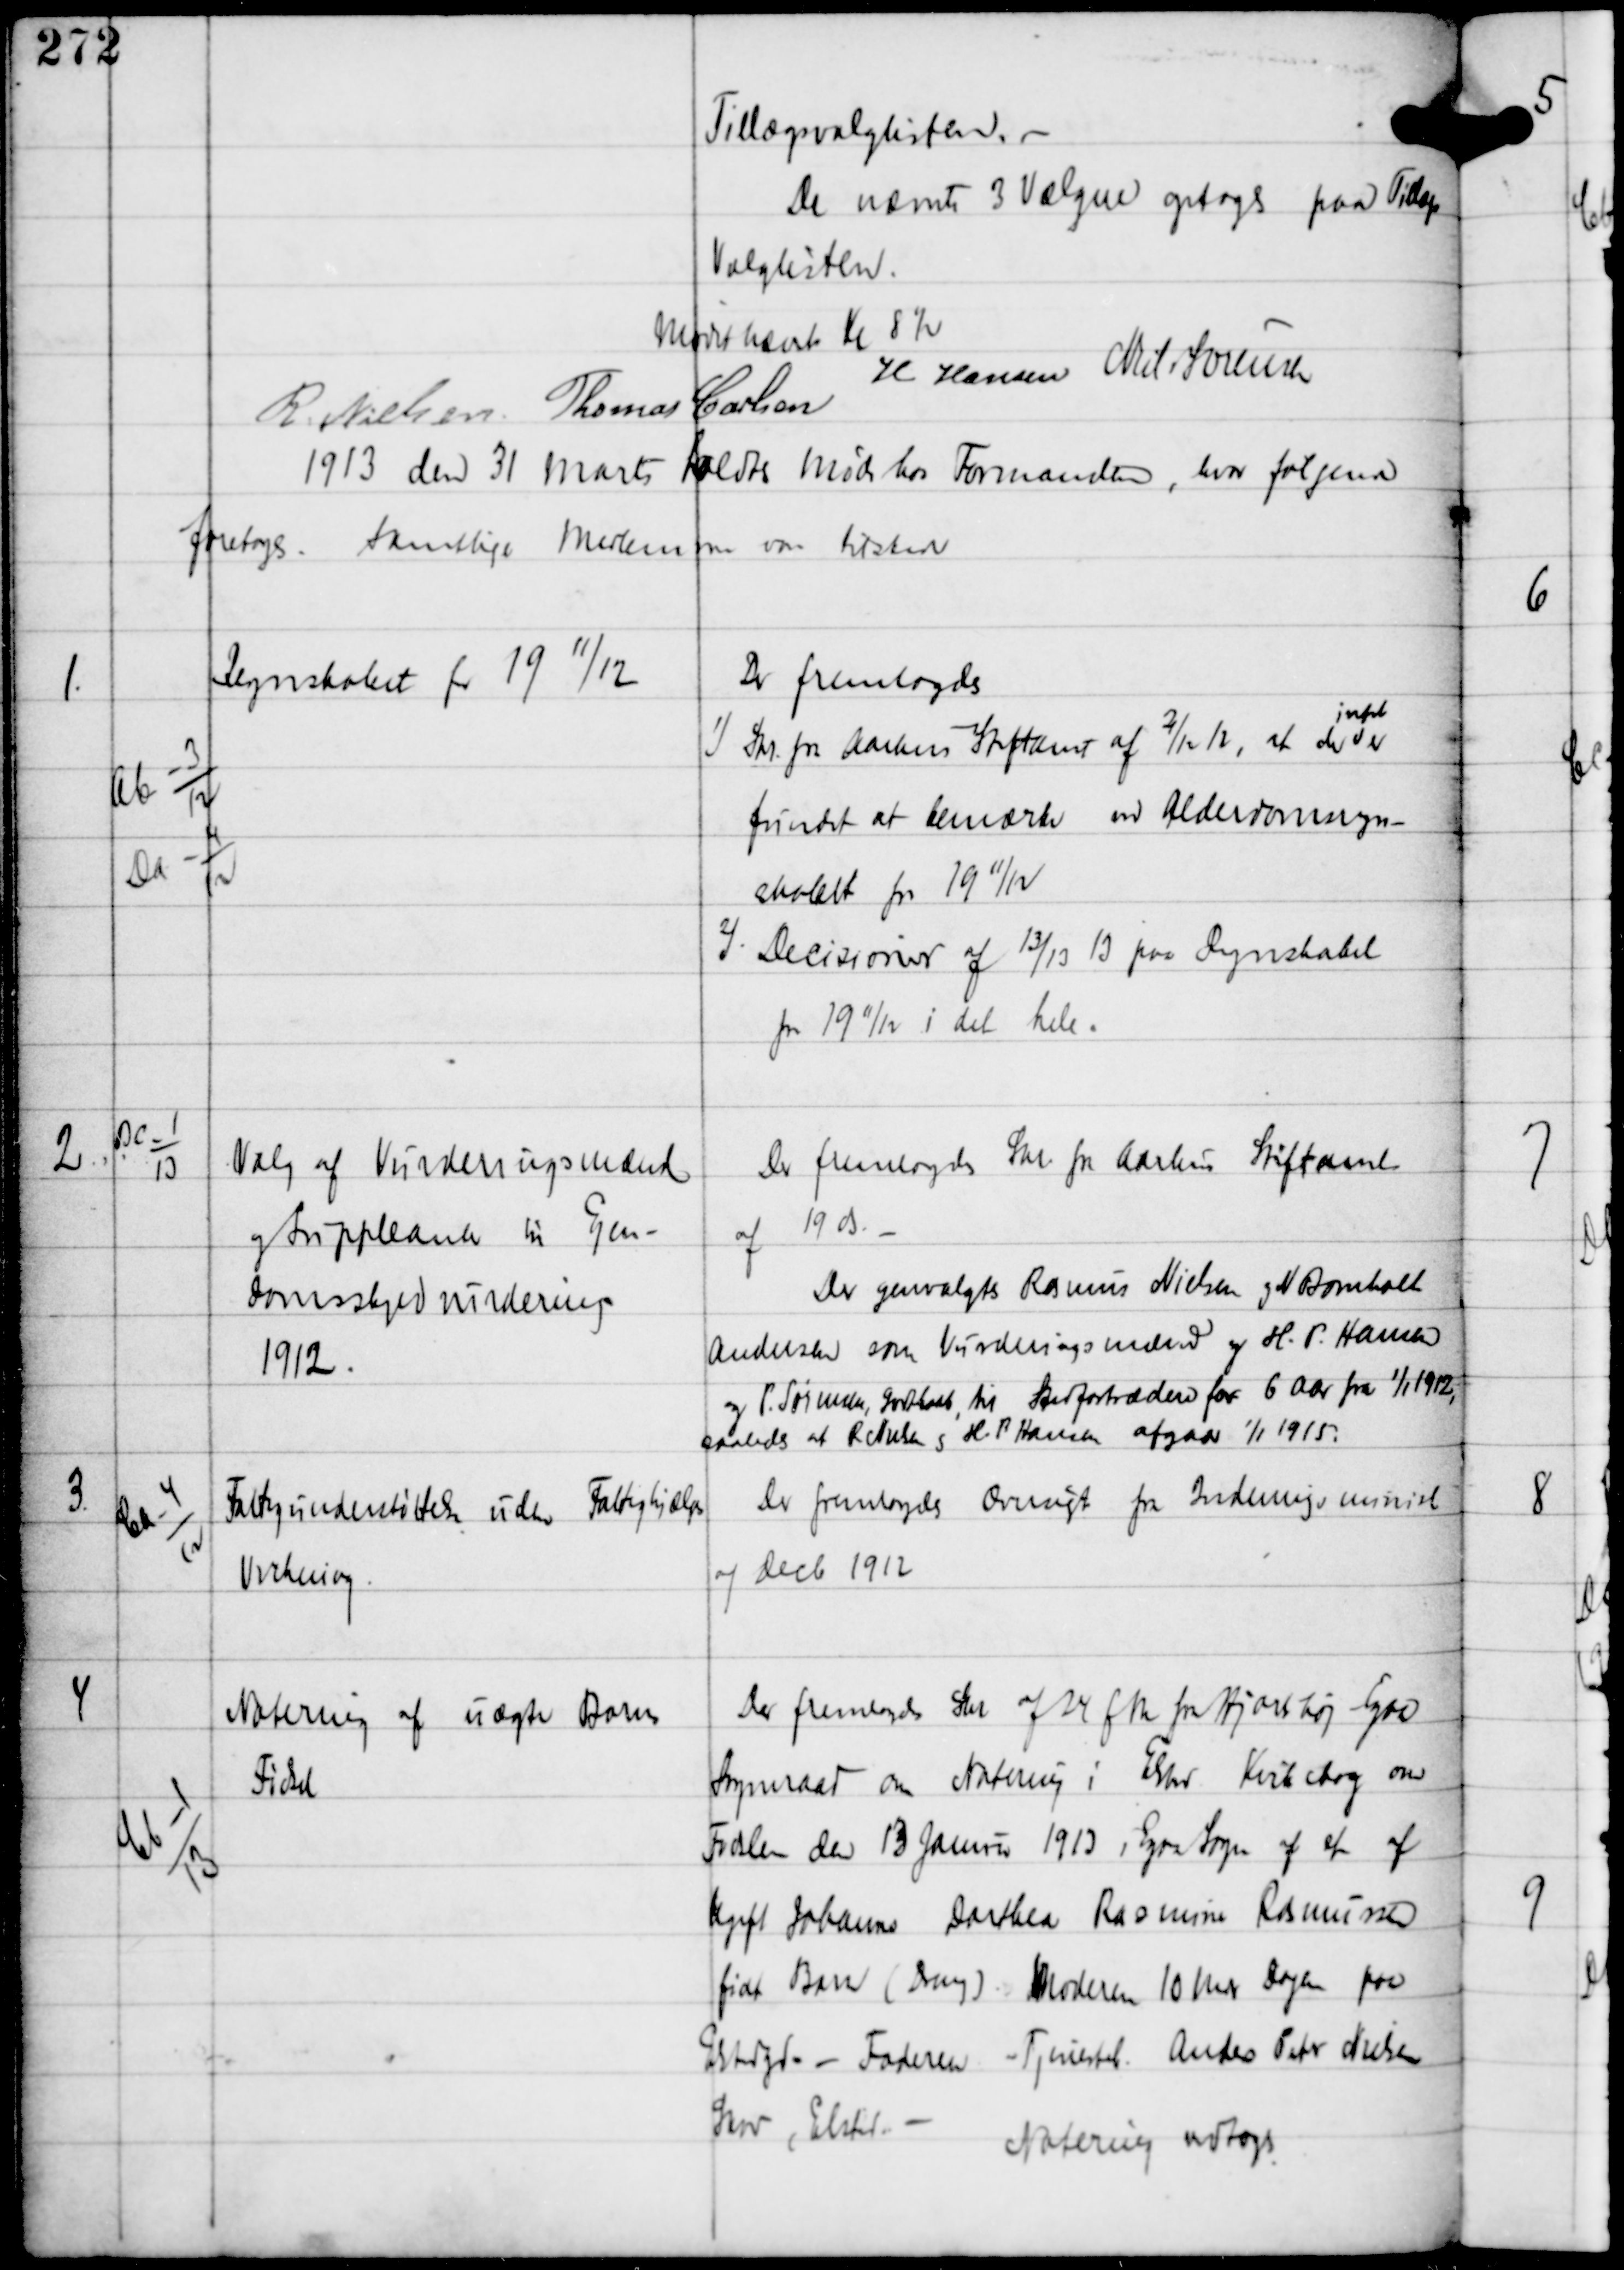
Transskription:
Tillægsvalglisten. -
De nævnte 3 Vælgere optoges paa Tillægs
Valglisten.

Mødet hævet Kl 8½
R Nielsen Thomas Carlsen
H Hansen Niels Sørensen

1913 den 31 Marts holdtes Møde hos Formanden, hvor følgende
foretoges.
Samtlige Medlemmer var tilstede

1.

Ab-3
12
Da-4
12

Regnskabet for 19
11/
12

Der fremlagdes
1) Skr fra Aarhus Stiftamt af 2/12 12, at der
intet
er
fundet at bemærke ved Alderdomsregn-
skabet for 19 11/12
2) Decisioner af 13/13 13 paa Regnskabet
for 19 11/12 i det hele.

2

Bc-1
13

Valg af Vurderingsmænd
og Suppleanter til Ejen-
domsskyldvurdering
1912.

Der fremlagdes Skr fra Aarhus Stiftamt
af 19 ds. -
Der genvalgtes Rasmus Nielsen og N Bomholt
Andesen som Vurderingsmænd og H. P. Hansen
og P. Sørensen Godthaab til Stedfortrædere for 6 Aar fra 1/1 1912,
saaledes at R Nielsen og H. P Hansen afgaar 1/1 1915.

3

Ca-4
12

Fattigunderstøttelse uden Fattighjælps
Virkning.

Der fremlagdes Ovesigt fra Indenrigsminist
af Decb 1912

4

Cb-1
13

Notering af uægte Barns
Fødsel

Der fremlagdes Skr af 24 f M fra Hjortshøj - Egaa
Sogneraad om Notering i Elsted Kirkebog om
Fødslen den 13 Januar 1913 i Egaa Sogn af et af
Ugift Johanne Dorthea Rasmine Rasmussen
født Barn (Dreng). Moderen 10 mdr Dagen paa
Elstedgd - Faderen Tjenestek Anders Peter Nielsen
Skov, Elsted. -
Notering vedtoges